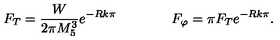
F _ { T } = \frac { W } { 2 \pi M _ { 5 } ^ { 3 } } e ^ { - R k \pi } \qquad \qquad F _ { \varphi } = \pi F _ { T } e ^ { - R k \pi } .